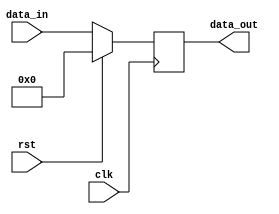
module myreg #(parameter DataWidth=16) (
    input [DataWidth-1:0] data_in,
    input wire clk,
    input wire rst,
    output reg [DataWidth-1:0] data_out
    );
    always@(posedge clk) begin
    if(!rst)
        data_out<=data_in;
    else
        data_out<=0;
    end
endmodule